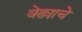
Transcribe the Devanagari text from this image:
वेढ्याचे